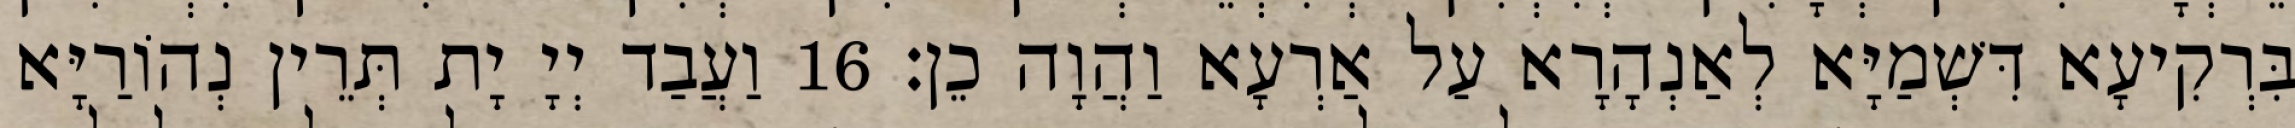
בִּרְקִיעָא דִּשְׁמַיָּא לְאַנְהָרָא עַל אַרְעָא וַהֲוָה כֵן׃ 16 וַעֲבַד יְיָ יָת תְּרֵין נְהוֹרַיָּא